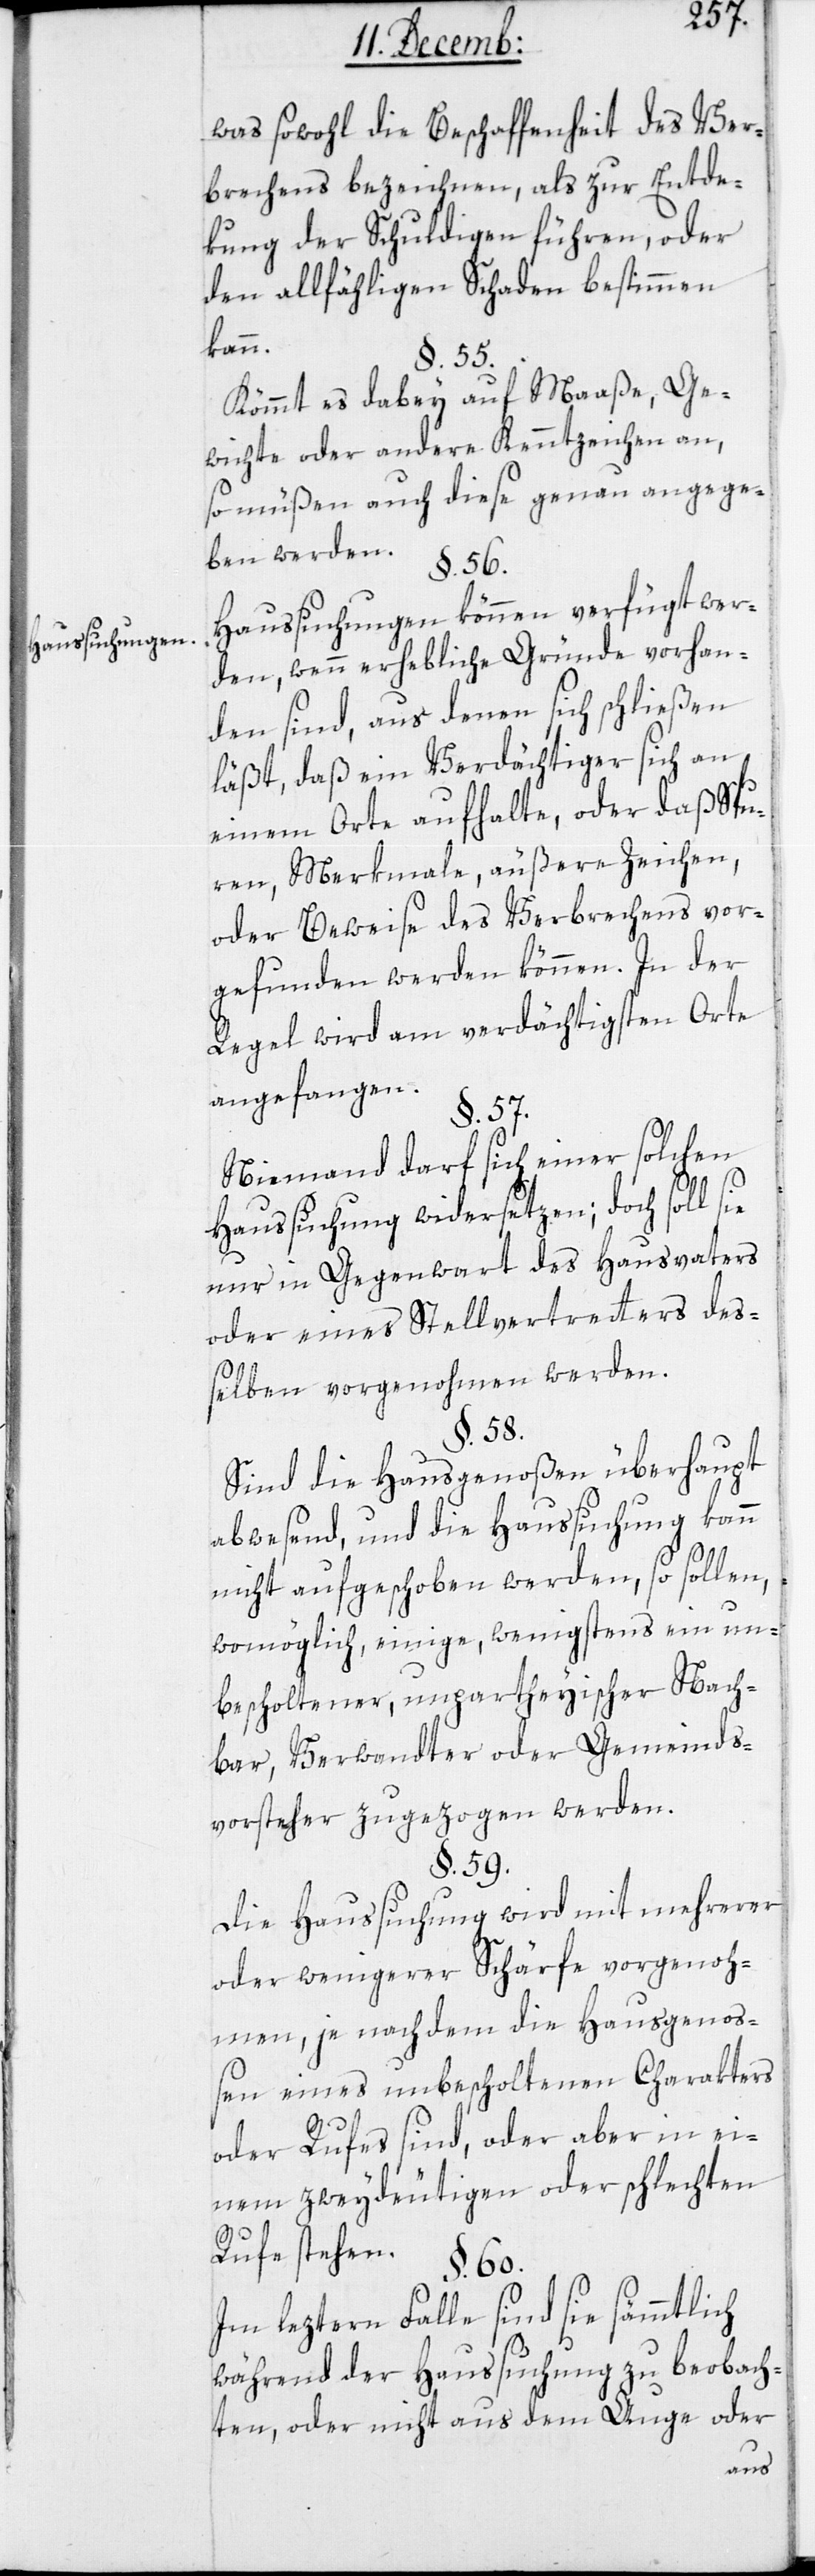
Haussuchungen.

was sowohl die Beschaffenheit des Ver¬
brechens bezeichnen, als zur Entde¬
kung der Schuldigen führen, oder
den allfälligen Schaden beßtimmen
kann.
§. 55.
Kömmt es dabey auf Maaße, Ge¬
wichte oder andere Kennzeichen an,
so müßen auch diese genau angege¬
ben werden.
§. 56.
Haussuchungen können verfügt wer¬
den, wenn erhebliche Gründe vorhan¬
den sind, aus denen sich schließen
läßt, daß ein Verdächtiger sich an
einem Orte aufhalte, oder daß Spu¬
ren, Merkmale, äußere Zeichen,
oder Beweise des Verbrechens vor¬
gefunden werden können. In der
Regel wird am verdächtigsten Orte
angefangen.
§. 57.
Niemand darf sich einer solchen
Haussuchung widersetzen; doch soll sie
nur in Gegenwart des Hausvaters
oder eines Stellvertreters des¬
selben vorgenohmen werden.
§. 58.
Sind die Hausgenoßen überhaupt
abwesend, und die Haußuchung kann
nicht aufgeschoben werden, so sollen,
womöglich, einige, wenigstens ein un¬
bescholtener, unpartheyischer Nach¬
bar, Verwandter oder Gemeinds¬
vorsteher zugezogen werden.
§. 59.
Die Haussuchung wird mit mehrerer
oder wenigerer Schärfe vorgenoh¬
men, je nachdem die Hausgenoß¬
en eines unbescholtenen Charakters
oder Rufes sind, oder aber in ei¬
nem zweydeutigen oder schlechten
Rufe stehen.
§. 60.
Im lezteren Falle sind sie sämmtlich
während der Haussuchung zu beobach¬
ten, oder nicht aus dem Auge oder